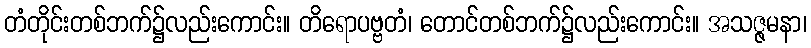
တံတိုင်းတစ်ဘက်၌လည်းကောင်း။ တိရောပဗ္ဗတံ၊ တောင်တစ်ဘက်၌လည်းကောင်း။ အသဇ္ဇမနာ၊